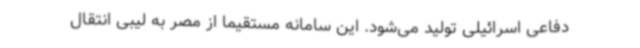
دفاعی اسرائیلی تولید می‌شود. این سامانه مستقیماً از مصر به لیبی انتقال